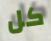
كل